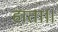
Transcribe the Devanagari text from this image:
हाता॥